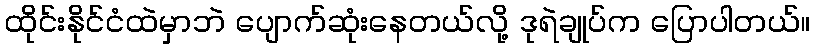
ထိုင်းနိုင်ငံထဲမှာဘဲ ပျောက်ဆုံးနေတယ်လို့ ဒုရဲချုပ်က ပြောပါတယ်။